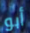
أبو